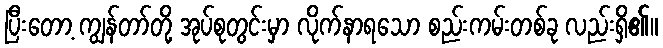
ပြီးတော့ ကျွန်တာ်တို့ အုပ်စုတွင်းမှာ လိုက်နာရသော စည်းကမ်းတစ်ခု လည်းရှိ၏။